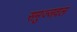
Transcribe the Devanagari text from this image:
समुज्जवल